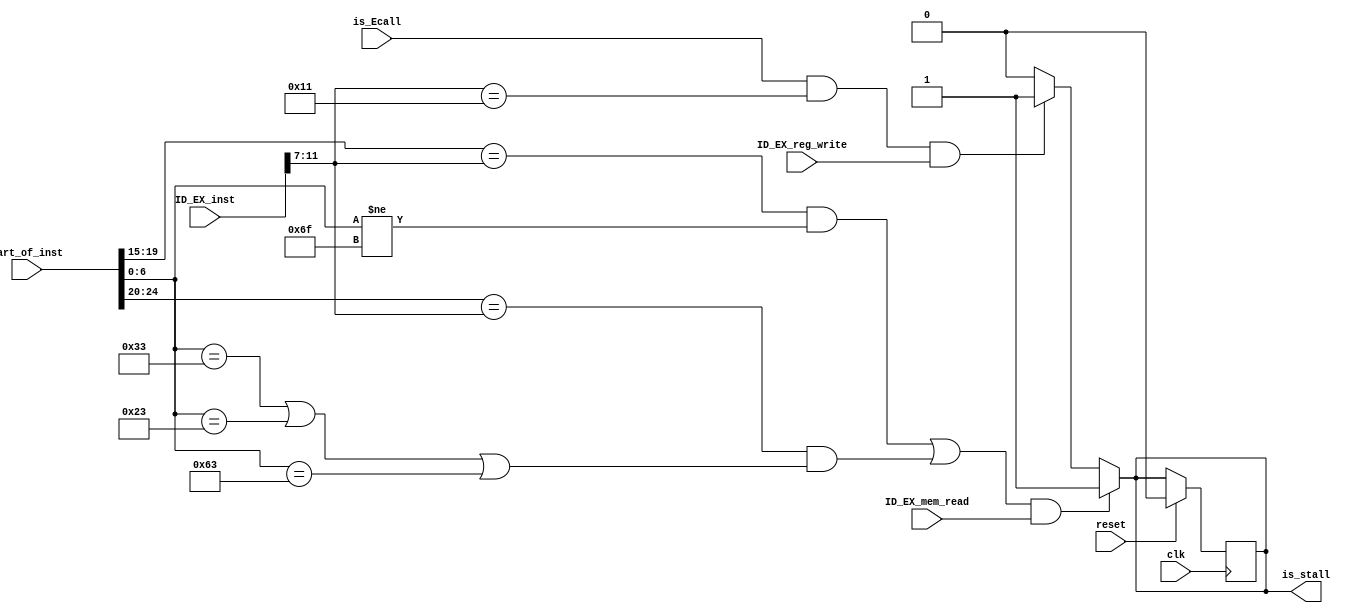
module data_hazard_detect_unit (
    input reset,
    input clk,
    input [31:0] part_of_inst,
    input [31:0] ID_EX_inst,
    input ID_EX_mem_read,
    input is_Ecall,
    input ID_EX_reg_write,
    output reg is_stall
  );
  //use_rs1=(part_of_inst[6:0]!=7'b1101111)&&(part_of_inst[19:15]!=0)
  //use_rs2=(part_of_inst[6:0]==7'b1100011)&&(part_of_inst[6:0]==7'b0100011)&&(part_of_inst[6:0]==7'b0110011)&&(part_of_inst[24:20]!=0)
  
  always @(posedge clk) begin
    if(reset) is_stall <=0;
  end
  
  always @(*) begin                             //rs1 JAL . JAL  rs1  .                //rs2 R S B  .
      if(  
           (
           ( (part_of_inst[19:15]==ID_EX_inst[11:7]) && (part_of_inst[6:0]!=7'b1101111) )  
           ||( (part_of_inst[24:20]==ID_EX_inst[11:7]) && ( (part_of_inst[6:0]==7'b0110011) || (part_of_inst[6:0]==7'b0100011) || (part_of_inst[6:0]==7'b1100011)  ) ) 
           )
           && ID_EX_mem_read
         )//if
          is_stall <=1;
       else if(
               is_Ecall&&(ID_EX_inst[11:7]==5'd17)&&ID_EX_reg_write
               ) 
           is_stall<=1;
       else 
          is_stall <=0;
      //if((part_of_inst[19:15]==ID_EX_inst[11:7])&&(part_of_inst[6:0]!=7'b1101111)&&(part_of_inst[19:15]!=0)&&ID_EX_mem_read) is_stall<=1;
      //if((part_of_inst[24:20]==ID_EX_inst[11:7])&&(part_of_inst[6:0]==7'b1100011)&&(part_of_inst[6:0]==7'b0100011)&&(part_of_inst[6:0]==7'b0110011)&&(part_of_inst[24:20]!=0)&&ID_EX_mem_read) is_stall<=1;
      //if(is_Ecall&&(ID_EX_inst[11:7]==5'd17)&&ID_EX_reg_write) is_stall<=1;
  end
  
endmodule